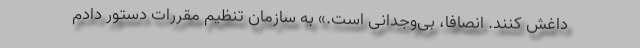
داغش کنند. انصافا، بی‌وجدانی است.» به سازمان تنظیم مقررات دستور دادم